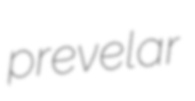
prevelar